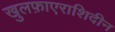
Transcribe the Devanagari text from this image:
खुलफ़ाएराशिदीन